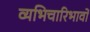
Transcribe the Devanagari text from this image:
व्यभिचारिभावों